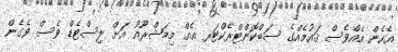
އެހެން އެއްވެސް ޤައުމެއްގެ ސަބްކޮންޓްރެކްޓަރ އެއް މިމަޝްރޫއު އަށް ލިސްޓެޑް ވެސް ވެގެން